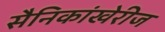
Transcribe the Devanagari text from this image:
सैनिकांखेरीज